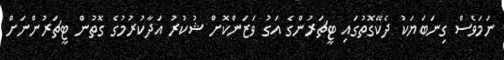
ނަމަވެސް ގިނަބަޔަކު ދެކޭގޮތުގައި ޓީޗަރުންގެ އަގު ވަޒަންކޮށް ޝުކުރު އަދާކުރުމުގެ ގޮތުން ޓީޗަރުންނަށް